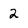
Character: 2